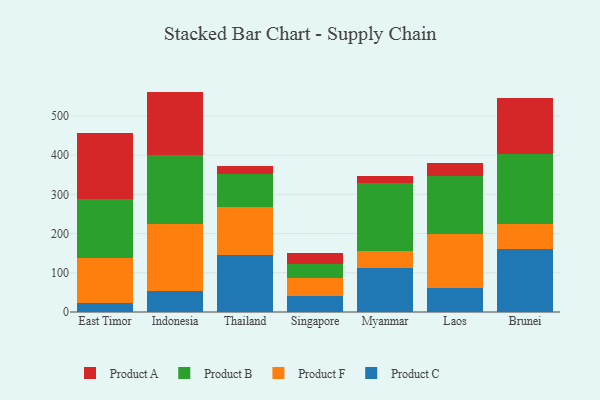
{"axis": {"x": "Country", "y": "Tickets Resolved"}, "legend": ["Product A", "Product B", "Product C", "Product F"], "data": [{"x": "East Timor", "y": 22.6, "type": "Product C"}, {"x": "East Timor", "y": 113.9, "type": "Product F"}, {"x": "East Timor", "y": 150.9, "type": "Product B"}, {"x": "East Timor", "y": 168.4, "type": "Product A"}, {"x": "Indonesia", "y": 52.9, "type": "Product C"}, {"x": "Indonesia", "y": 170.8, "type": "Product F"}, {"x": "Indonesia", "y": 175.6, "type": "Product B"}, {"x": "Indonesia", "y": 162.6, "type": "Product A"}, {"x": "Thailand", "y": 144.1, "type": "Product C"}, {"x": "Thailand", "y": 123.8, "type": "Product F"}, {"x": "Thailand", "y": 84.5, "type": "Product B"}, {"x": "Thailand", "y": 19.8, "type": "Product A"}, {"x": "Singapore", "y": 39.7, "type": "Product C"}, {"x": "Singapore", "y": 46.6, "type": "Product F"}, {"x": "Singapore", "y": 35.7, "type": "Product B"}, {"x": "Singapore", "y": 29.2, "type": "Product A"}, {"x": "Myanmar", "y": 112.8, "type": "Product C"}, {"x": "Myanmar", "y": 43.8, "type": "Product F"}, {"x": "Myanmar", "y": 172.3, "type": "Product B"}, {"x": "Myanmar", "y": 17.6, "type": "Product A"}, {"x": "Laos", "y": 61.9, "type": "Product C"}, {"x": "Laos", "y": 138.0, "type": "Product F"}, {"x": "Laos", "y": 146.2, "type": "Product B"}, {"x": "Laos", "y": 33.4, "type": "Product A"}, {"x": "Brunei", "y": 161.7, "type": "Product C"}, {"x": "Brunei", "y": 63.9, "type": "Product F"}, {"x": "Brunei", "y": 177.5, "type": "Product B"}, {"x": "Brunei", "y": 141.5, "type": "Product A"}]}